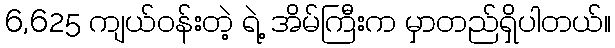
6,625 ကျယ်ဝန်းတဲ့ ရဲ့ အိမ်ကြီးက မှာတည်ရှိပါတယ်။